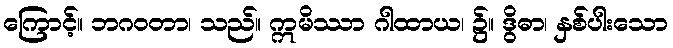
ကြောင့်။ ဘဂဝတာ၊ သည်။ ဣမိဿာ ဂါထာယ၊ ၌။ ဒွိဓာ၊ နှစ်ပါးသော